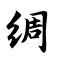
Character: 绸